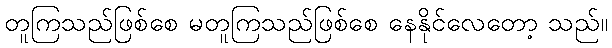
တူကြသည်ဖြစ်စေ မတူကြသည်ဖြစ်စေ နေနိုင်လေတော့ သည်။